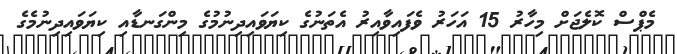
މެޕްސް ކޮލެޖަށް މިހާރު 15 އަހަރު ވެފައިވާއިރު އެތަނުގެ ކިޔަވައިދިނުމުގެ މިންގަނޑާއި ކިޔަވައިދިނުމެގެ